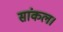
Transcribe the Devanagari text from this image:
सांकल।